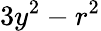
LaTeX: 3y^{2}-r^{2}